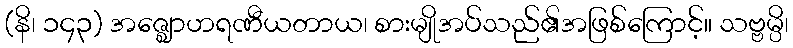
(နိ၊ ၁၄၃) အဇ္ဈောဟရဏီယတာယ၊ စားမျိုအပ်သည်၏အဖြစ်ကြောင့်။ သဗ္ဗမ္ပိ၊